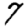
Digit: 7